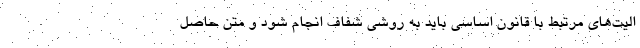
الیت‌های مرتبط با قانون اساسی باید به روشی شفاف انجام شود و متن حاصل